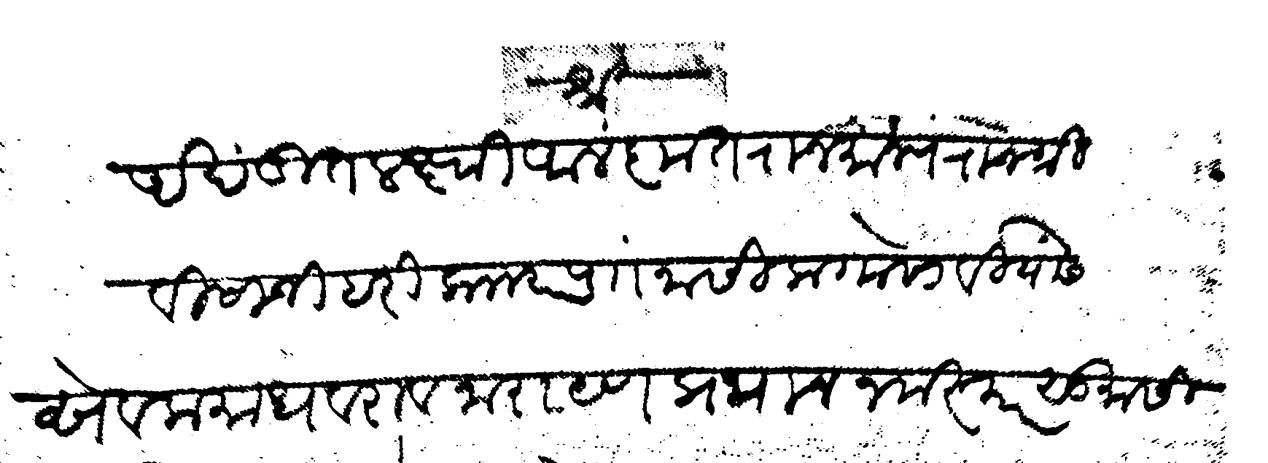
Transliteration (Devanagari): श्री अखंडित लक्ष्मी अलंकृत राजमान्य राजश्री विसाजी हरी क र पाो नासिक गोसावी यांसी सेवक माधवराव नारायण प्रधान नमस्कार सु सीत